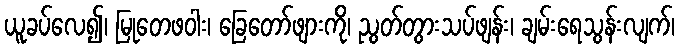
ယူခပ်လေ၍၊ မြုတေဖဝါး၊ ခြေတော်ဖျားကို၊ ညွတ်တွားသပ်ဖျန်း၊ ချမ်းရေသွန်းလျက်၊